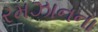
રમઝાનના